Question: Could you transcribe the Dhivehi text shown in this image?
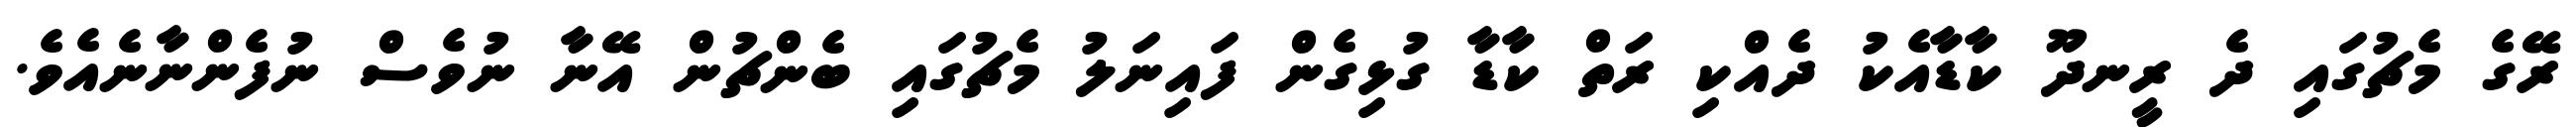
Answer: ރޭގެ މެޗުގައި ދެ ރީނދޫ ކާޑާއެކު ދެއްކި ރަތް ކާޑާ ގުޅިގެން ފައިނަލު މެޗުގައި ބެންޗުން އޭނާ ނުވެސް ނުފެންނާނެއެވެ.